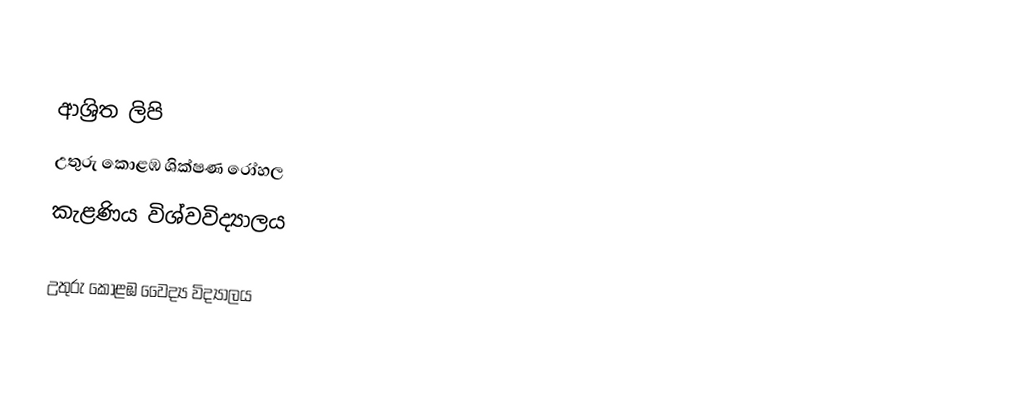

ආශ්‍රිත ලිපි
 උතුරු කොළඹ ශික්ෂණ රෝහල
 කැළණිය විශ්වවිද්‍යාලය

උතුරු කොළඹ වෛද්‍ය විද්‍යාලය